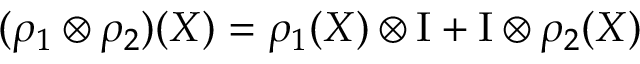
( \rho _ { 1 } \otimes \rho _ { 2 } ) ( X ) = \rho _ { 1 } ( X ) \otimes \mathrm { I } + \mathrm { I } \otimes \rho _ { 2 } ( X )